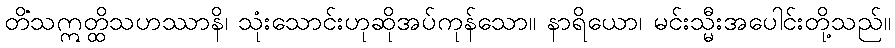
တိံသဣတ္ထိသဟဿာနိ၊ သုံးသောင်းဟုဆိုအပ်ကုန်သော။ နာရိယော၊ မင်းသ္မီးအပေါင်းတို့သည်။